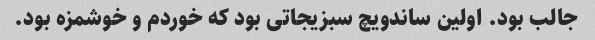
جالب بود. اولین ساندویچ سبزیجاتی بود که خوردم و خوشمزه بود.